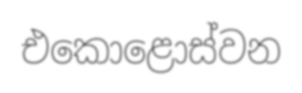
එකොළොස්වන